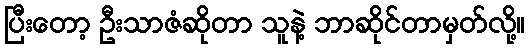
ပြီးတော့ ဦးသာဇံဆိုတာ သူနဲ့ ဘာဆိုင်တာမှတ်လို့။